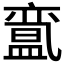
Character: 𱲙